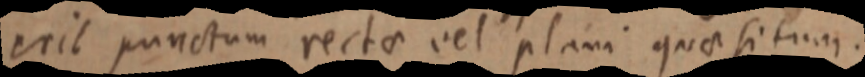
erit punctum rectae vel plani quae situm.